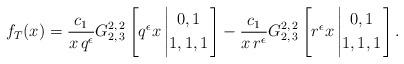
LaTeX: \begin{align*} f_{T}(x)= \frac{c_1}{x \, q^{\epsilon}} G_{2,\,3}^{2,\,2}\left[q^{\epsilon}x \left\vert \begin{gathered} 0, 1 \\ 1, 1, 1 \end{gathered} \right.\right] - \frac{c_1}{x \, r^{\epsilon}} G_{2,\,3}^{2,\,2}\left[r^{\epsilon}x \left\vert \begin{gathered} 0, 1 \\ 1, 1, 1 \end{gathered} \right.\right].\end{align*}